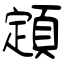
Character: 顁